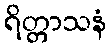
ရိတ္တာသနံ